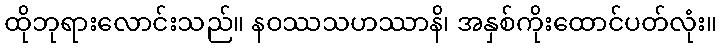
ထိုဘုရားလောင်းသည်။ နဝဿသဟဿာနိ၊ အနှစ်ကိုးထောင်ပတ်လုံး။